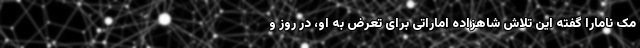
مک نامارا گفته این تلاش شاهزاده اماراتی برای تعرض به او، در روز و